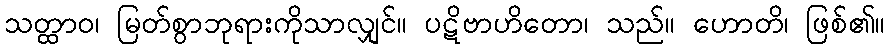
သတ္ထာဝ၊ မြတ်စွာဘုရားကိုသာလျှင်။ ပဋိဗာဟိတော၊ သည်။ ဟောတိ၊ ဖြစ်၏။